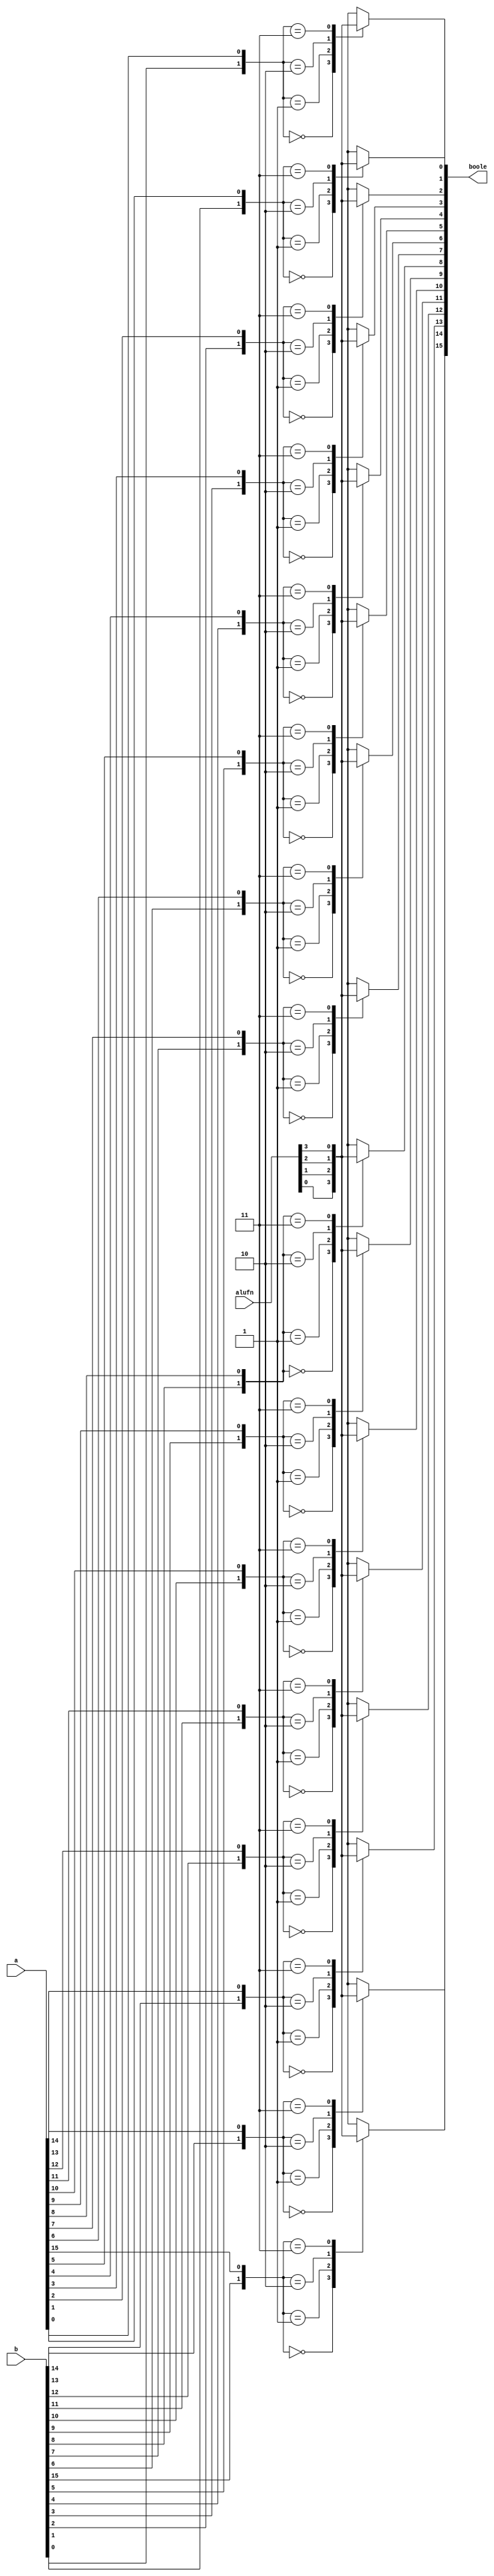
/*
   This file was generated automatically by Alchitry Labs version 1.2.1.
   Do not edit this file directly. Instead edit the original Lucid source.
   This is a temporary file and any changes made to it will be destroyed.
*/

module boolean_23 (
    input [5:0] alufn,
    input [15:0] a,
    input [15:0] b,
    output reg [15:0] boole
  );
  
  
  
  integer x;
  integer y;
  
  always @* begin
    for (x = 1'h0; x < 5'h10; x = x + 1) begin
      y = {b[(x)*1+0-:1], a[(x)*1+0-:1]};
      
      case (y)
        2'h0: begin
          boole[(x)*1+0-:1] = alufn[0+0-:1];
        end
        2'h1: begin
          boole[(x)*1+0-:1] = alufn[1+0-:1];
        end
        2'h2: begin
          boole[(x)*1+0-:1] = alufn[2+0-:1];
        end
        2'h3: begin
          boole[(x)*1+0-:1] = alufn[3+0-:1];
        end
        default: begin
          boole[(x)*1+0-:1] = alufn[0+0-:1];
        end
      endcase
    end
  end
endmodule